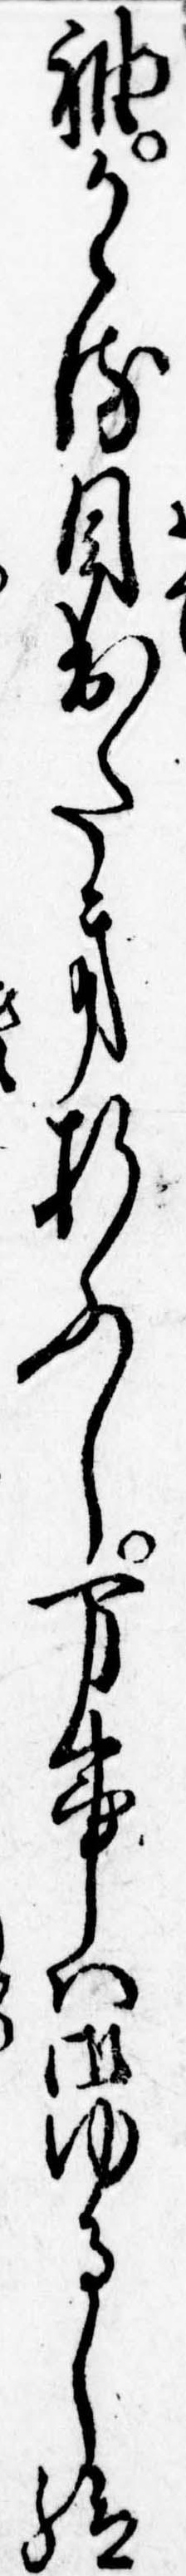
袖かゝる目出たき折ふし万事は御ゆるし給